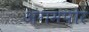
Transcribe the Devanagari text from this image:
अंगमपोर